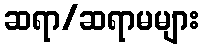
ဆရာ/ဆရာမများ